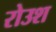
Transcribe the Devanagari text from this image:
रोउश